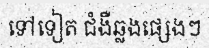
ទៅទៀត ជំងឺឆ្លងផ្សេងៗ